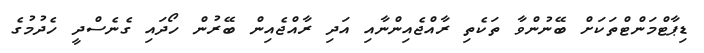
ޑިޕާޓްމަންޓްތަކަށް ބޭނުންވާ ތަކެތި ރާއްޖެއިންނާއި އަދި ރާއްޖެއިން ބޭރުން ހޯދައި ގެނެސްދީ ހެދުމުގެ